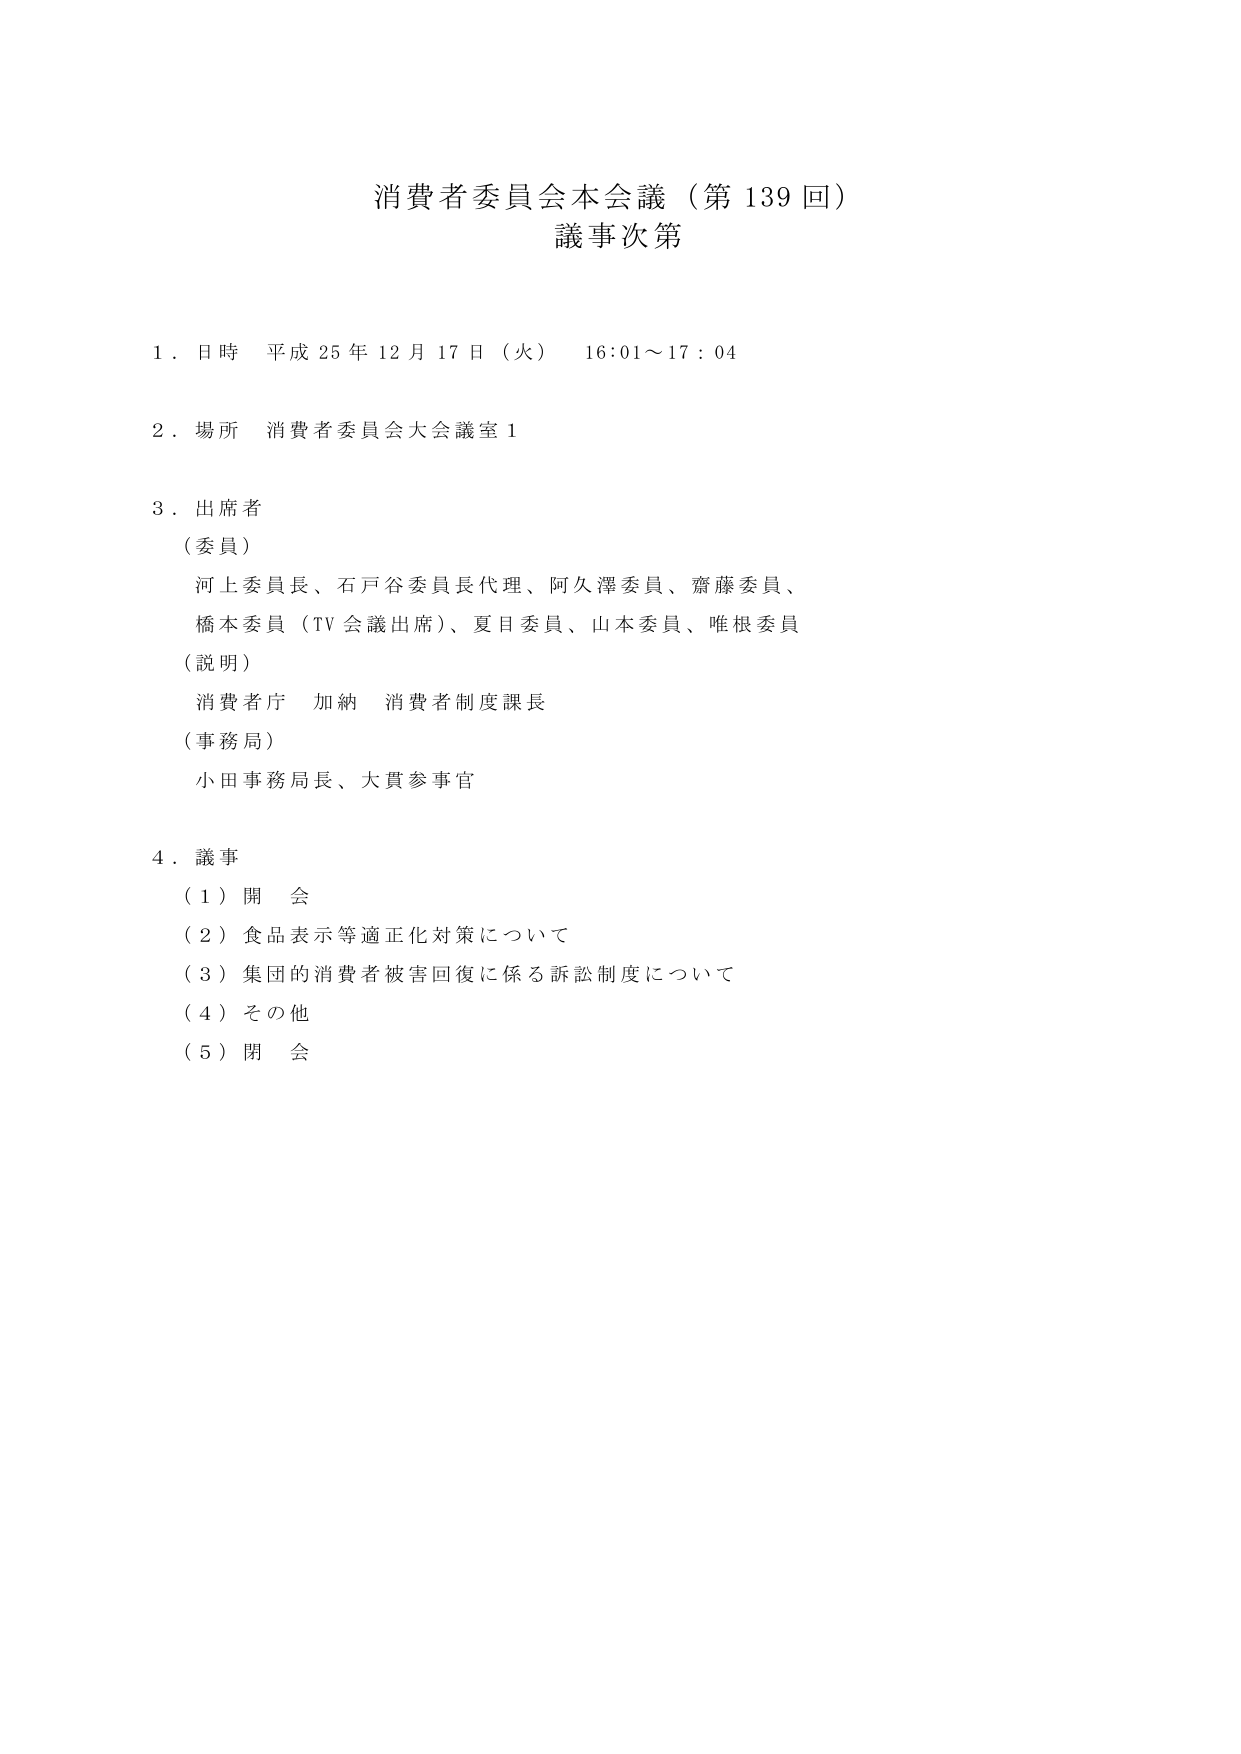
消費者委員会本会議（第139回）
議事次第

1．日時 平成25年12月17日（火） 16:01～17:04

2．場所 消費者委員会大会議室1

3．出席者
（委員）
河上委員長、石戸谷委員長代理、阿久澤委員、齋藤委員、
橋本委員（TV会議出席）、夏目委員、山本委員、唯根委員
（説明）
消費者庁 加納 消費者制度課長
（事務局）
小田事務局長、大貫参事官

4．議事
（1）開会
（2）食品表示等適正化対策について
（3）集団的消費者被害回復に係る訴訟制度について
（4）その他
（5）閉会